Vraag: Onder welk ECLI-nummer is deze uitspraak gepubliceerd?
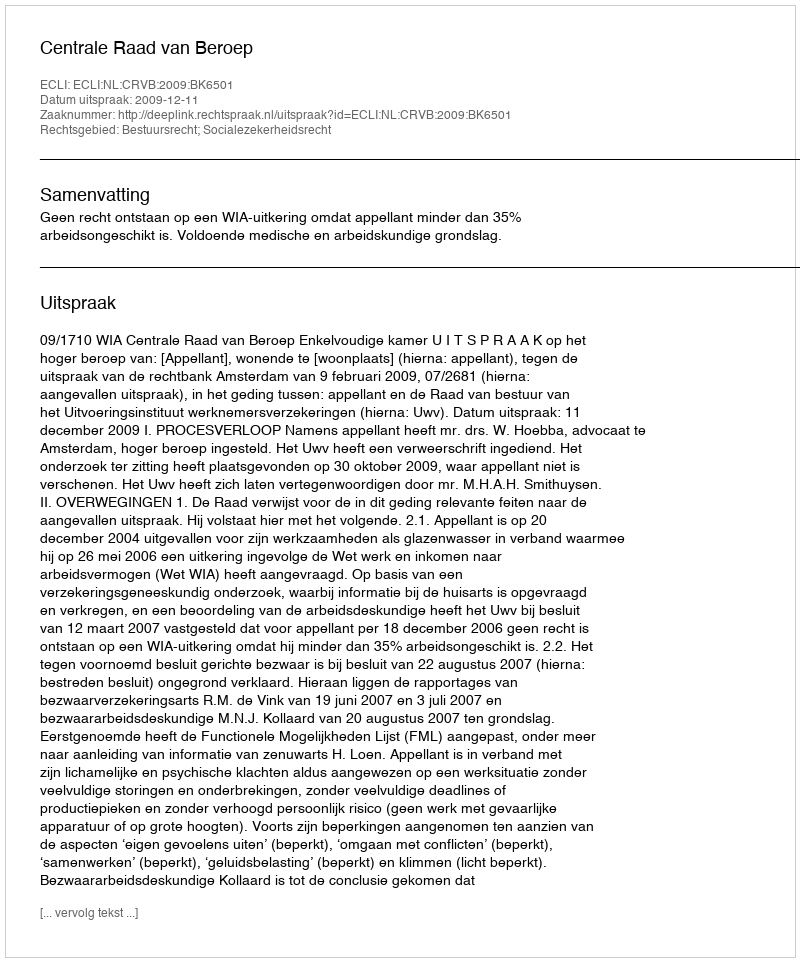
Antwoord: ECLI:NL:CRVB:2009:BK6501